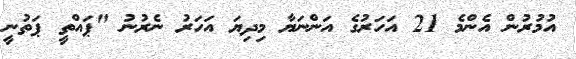
އުމުރުން އެންމެ 21 އަހަރުގެ އަންނަޔާ މިދިޔަ އަހަރު ނެރުނު "ޕައްތީ ޕަތުނީ